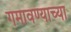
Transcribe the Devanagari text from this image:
गमावण्याच्या